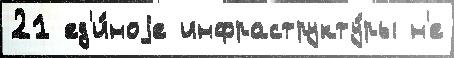
21 ед'и́ноjе инфраструкту́ры н'е